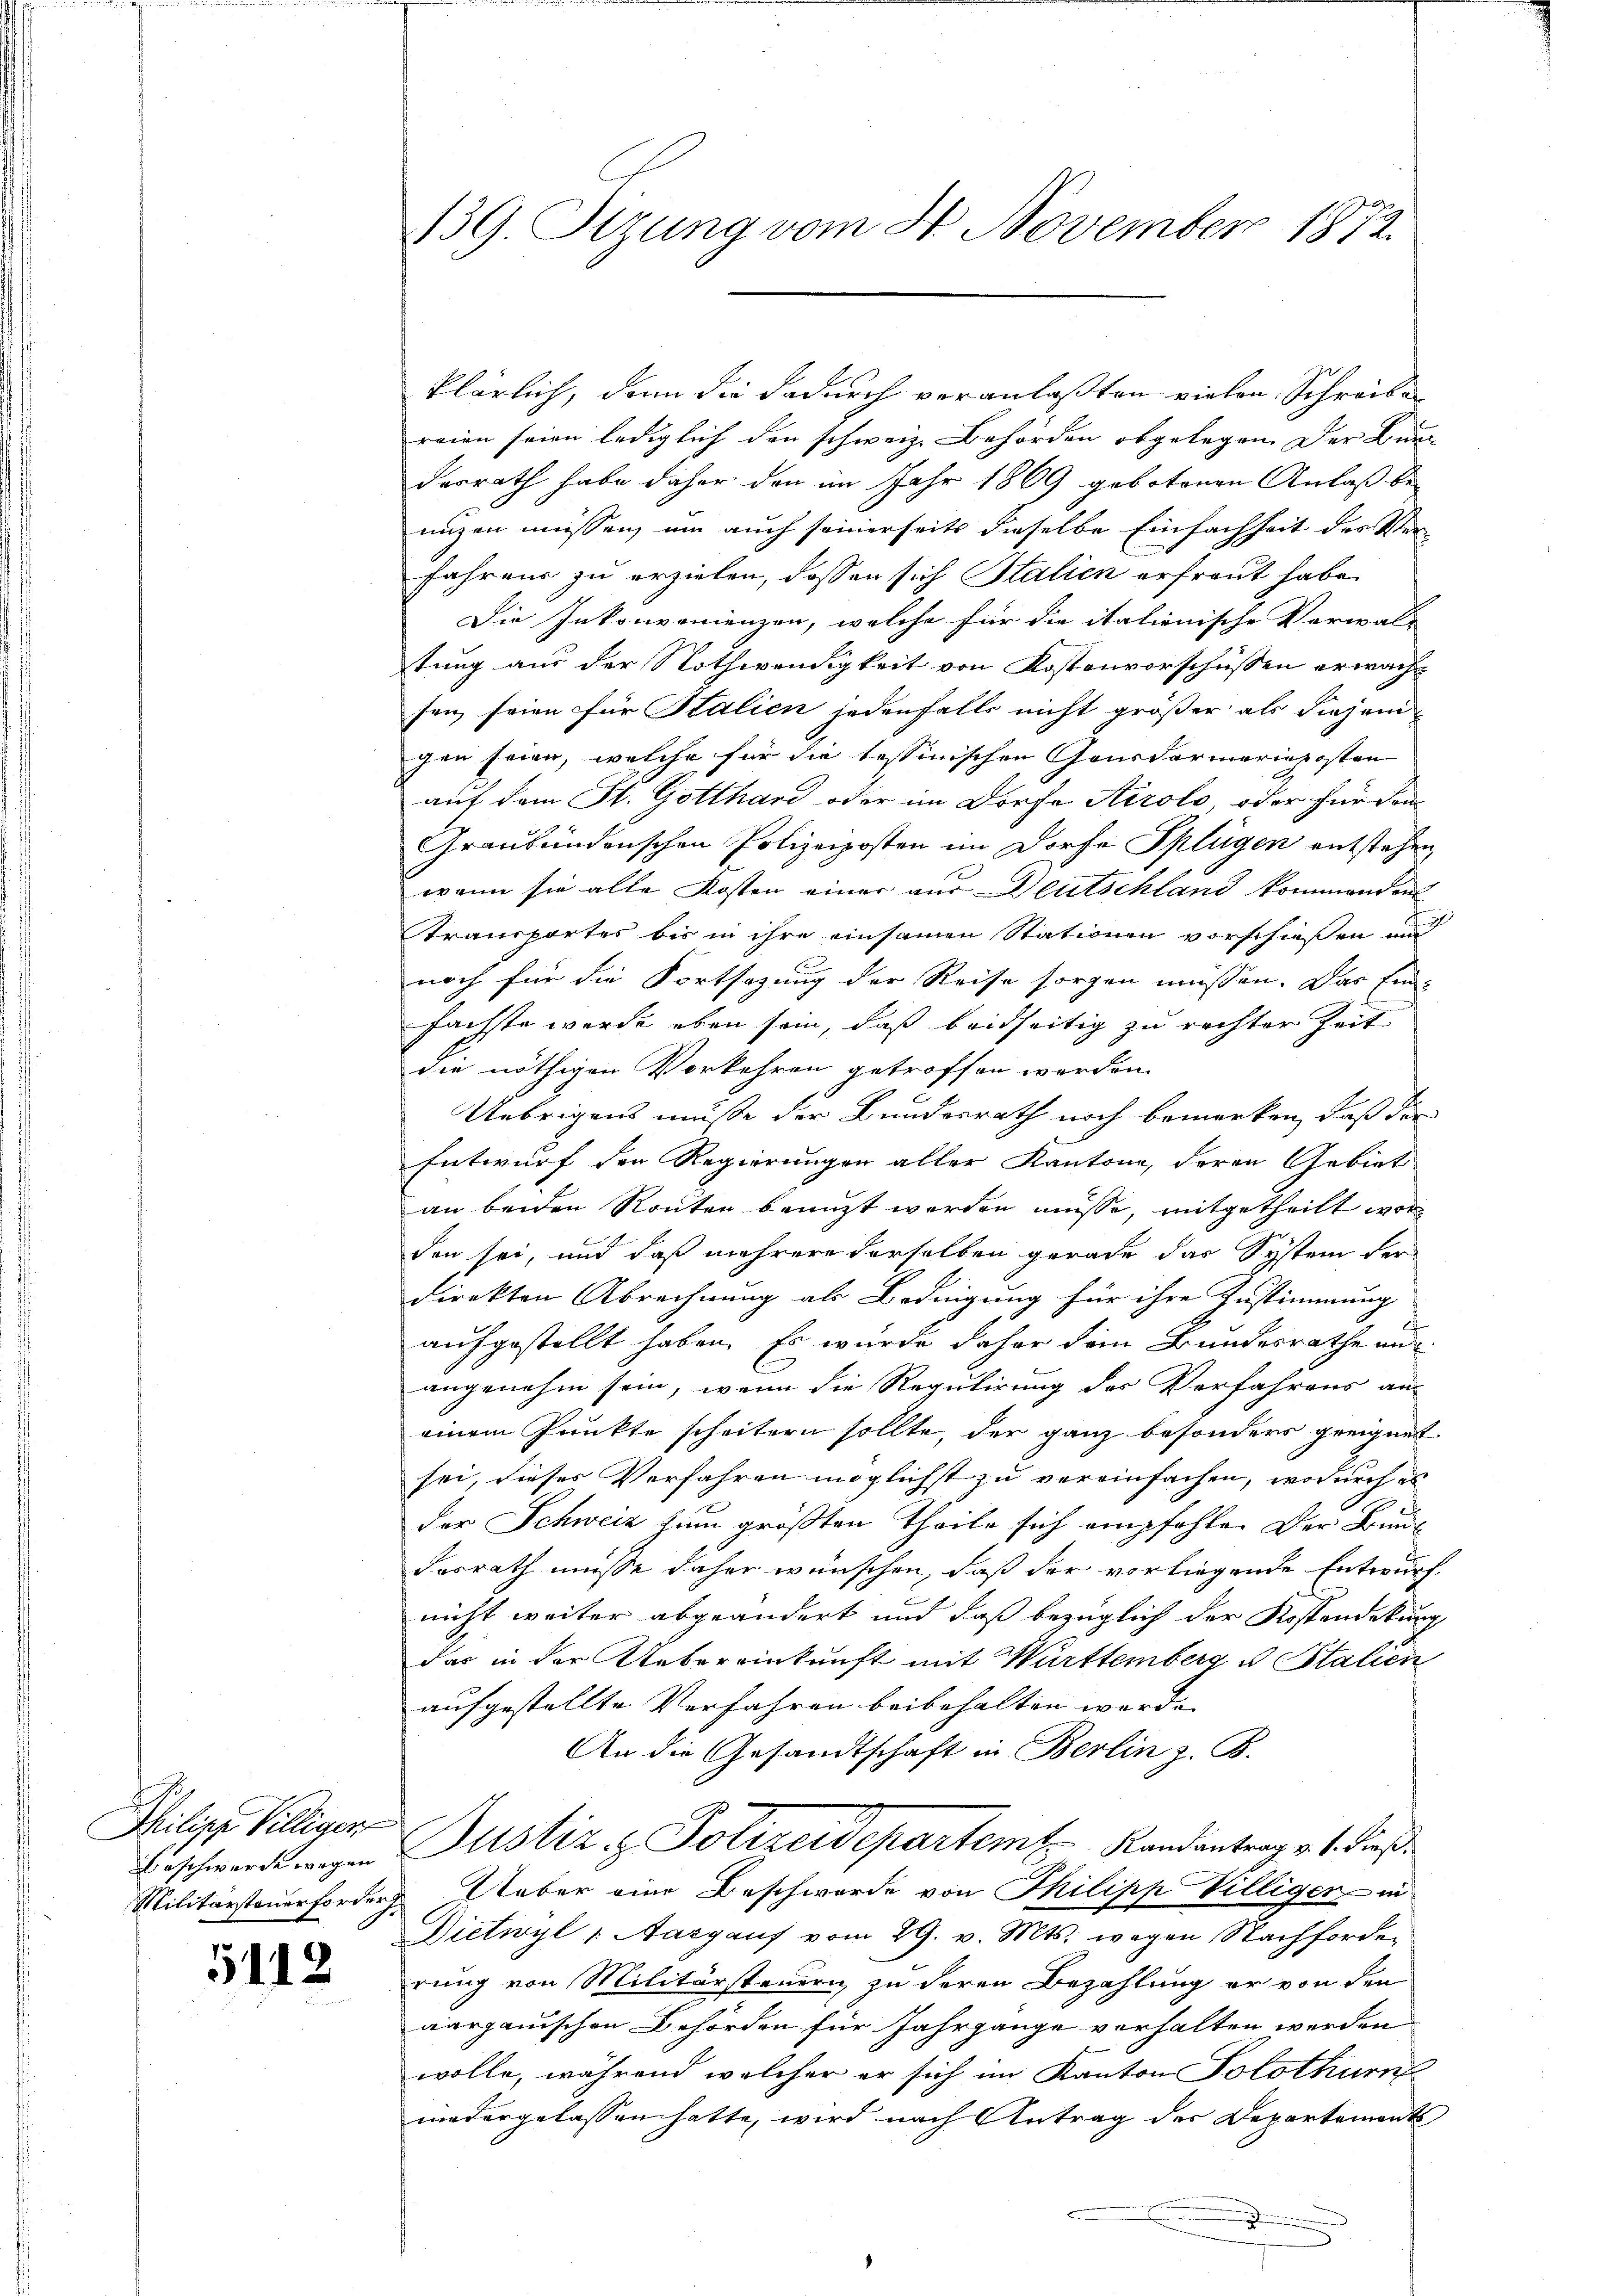
Philipp Villigen

5112

klärlich, denn die dadurch veranlaßten vielen Schreiben
reien seien lediglich den schweiz. Behörden obgelegen. Der Bun
derrath habe daher den im Jahr 1869 gebotenen Anlaß be
unzen müssen, um auch seinerseits dieselbe Einfachheit des Ver-
fahrens zu erzielen, dassen sich Stalien erfreut habe.
Die Inkonvenienzen, welche für die italienische Verwalt
tung aus der Nothwendigkeit von Kostenvorschüssen erwacht
sen seien für Stalien jedenfalls nicht größer als diejeni
gen seien, welche für die tessinischen Gensdarmerieposten
auf dem St. Gotthard oder im Dorfe Airolo, oder für den
Graubündenschen Polizeiposten im Dorfe Splügen entstehen,
wann sie alle Kosten einer aus Blutschland kommenden
Transportes bis in ihre einsamen Stationen vorschießen und
noch für die Fortsezung der Reise sorgen müssen. Das Ein-
fächste wurde eben sein, daß beidseitig zu rechter Zeit
die nöthigen Vorkehren getroffen werden.
Uebrigens müsse der Bundesrath noch bemerken, daß der
Entwurf den Regierungen aller Kantone, deren Gebiet
an beiden Routen benuzt werden müsse, mitgetheilt word
den sei, und daß mehrere derselben gerade das System der
direkten Abrechnung als Bedingung für ihre Zustimmung
aufgestellt haben. Es wurde daher dem Bundesrathe aus
angenehm sein, wenn die Regulirung des Verfahrens an
einem Punkte scheitern sollte, der ganz besonders geeignet
sei, dieses Verfahren möglichst zu vereinfachen, wodurch es
der Schweiz zum größten Theile sich empfehlen der Bunde
dosrath müsse daher wünschen, daß der vorliegende Entwurf
nicht weiter abgeändert und daß bezüglich der Kostendekung
das in der Uebereinkunft mit Württemberg u Stalien
aufgestellte Verfahren beibehalten werde. |
An die Gesandtschaft in Berlin z. B.
Beschwerde wegen Justiz & Polizeidepartem Randantrag v. 4. dieß¬
Militärsteuerforder Ueber eine Beschwerde von Philipp Villiger - in
Dietwyl u. Aargauf vom 29. v. Mts. wegen Nachforden
rung von Militärsteuern zu deren Bezahlung er von den
aargauischen Behörden für Jahrgange verhalten werden
wolle, während welcher er sich im Kanton Solothurn
niedergelassen hatte, wird nach Antrag des Departements
i

139. Sizung vom 4. November 1872.